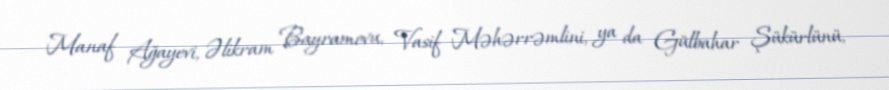
Manaf Ağayevi, Əlikram Bayramovu, Vasif Məhərrəmlini, ya da Gülbahar Şükürlünü,